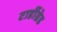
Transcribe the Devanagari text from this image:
टार्डीग्रेड